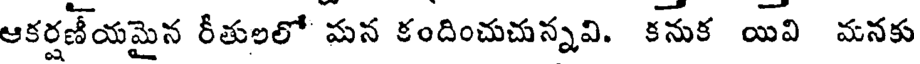
ఆకర్షణీయమైన రీతులలో మన కందించుచున్నవి. కనుక యివి మనకు